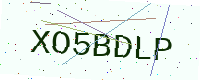
Text: XO5BDLP